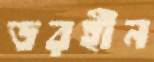
ডরহীন